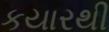
કયારથી